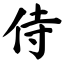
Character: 侍